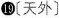
19〔天外〕